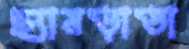
ছ্যামড়াডা